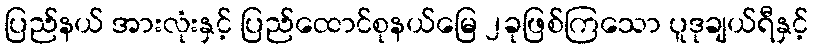
ပြည်နယ် အားလုံးနှင့် ပြည်ထောင်စုနယ်မြေ ၂ခုဖြစ်ကြသော ပူဒုချယ်ရီနှင့်